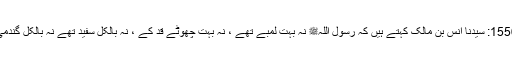
1556: سیدنا انس بن مالکؓ کہتے ہیں کہ رسول اللہﷺ نہ بہت لمبے تھے ، نہ بہت چھوٹے قد کے ، نہ بالکل سفید تھے نہ بالکل گندمی۔